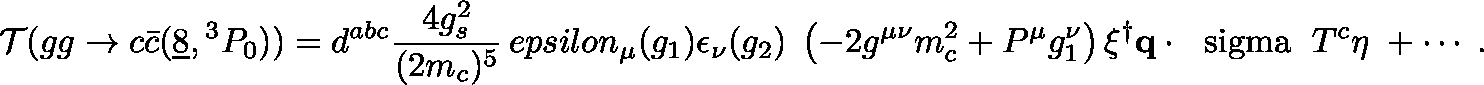
{ \cal T } ( g g \to c \bar { c } ( \underline { { { 8 } } } , { } ^ { 3 } P _ { 0 } ) ) = d ^ { a b c } { \frac { 4 g _ { s } ^ { 2 } } { ( 2 m _ { c } ) ^ { 5 } } } \, e p s i l o n _ { \mu } ( g _ { 1 } ) \epsilon _ { \nu } ( g _ { 2 } ) \; \left( - 2 g ^ { \mu \nu } m _ { c } ^ { 2 } + P ^ { \mu } g _ { 1 } ^ { \nu } \right) \xi ^ { \dagger } { \bf q } \cdot \mathrm { \boldmath ~ \ s i g m a ~ } \; T ^ { c } \eta \; + \cdots \; .